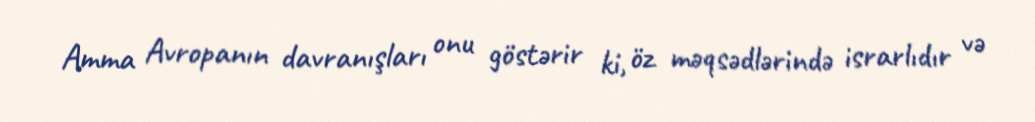
Amma Avropanın davranışları onu göstərir ki, öz məqsədlərində israrlıdır və